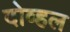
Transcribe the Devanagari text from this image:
दोव्हल